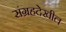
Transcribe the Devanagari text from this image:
संग्रहदेखील